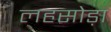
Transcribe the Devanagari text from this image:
लहसोड़ा